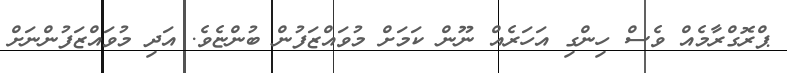
ޕްރޮގްރާމެއް ވެސް ހިންގި އަހަރެއް ނޫން ކަމަށް މުވައްޒަފުން ބުންޏެވެ. އަދި މުވައްޒަފުންނަށް